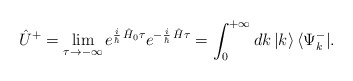
\begin{align*}\hat U^+=\lim_{\tau\to -\infty}e^{\frac{i}{\hbar}\,\hat H_0\tau}e^{-\frac{i}{\hbar}\,\hat H\tau}=\int_0^{+\infty}dk\,|k\rangle \,\langle \Psi_k^-|.\end{align*}